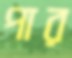
পার